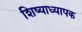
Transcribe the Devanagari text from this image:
शिष्याध्यापक